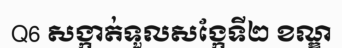
Q6 សង្កាត់ទួលសង្កែទី២ ខណ្ឌ